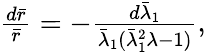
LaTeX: \begin{array}{r}{\frac{d\bar{r}}{\bar{r}}=-\frac{d\bar{\lambda}_{1}}{\bar{\lambda}_{1}(\bar{\lambda}_{1}^{2}\lambda-1)},}\end{array}